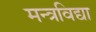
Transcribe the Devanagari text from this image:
मन्त्रविद्या